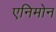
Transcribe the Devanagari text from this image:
एनिमोन